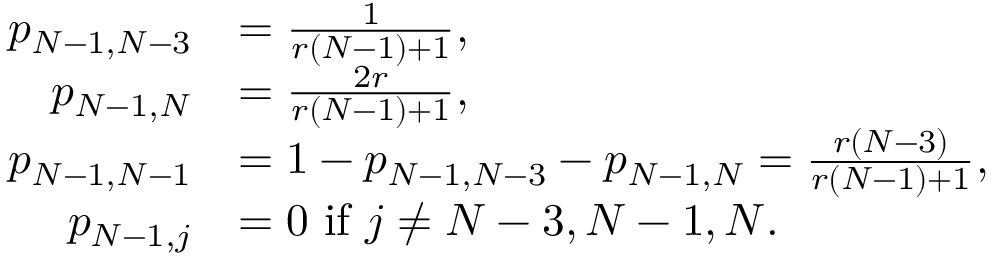
\begin{array} { r l } { p _ { N - 1 , N - 3 } } & { = \frac { 1 } { r ( N - 1 ) + 1 } , } \\ { p _ { N - 1 , N } } & { = \frac { 2 r } { r ( N - 1 ) + 1 } , } \\ { p _ { N - 1 , N - 1 } } & { = 1 - p _ { N - 1 , N - 3 } - p _ { N - 1 , N } = \frac { r ( N - 3 ) } { r ( N - 1 ) + 1 } , } \\ { p _ { N - 1 , j } } & { = 0 \mathrm { ~ i f ~ } j \neq N - 3 , N - 1 , N . } \end{array}